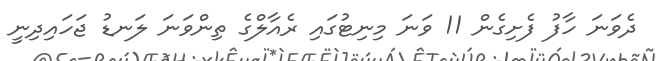
ދެވަނަ ހާފު ފެށިގެން 11 ވަނަ މިނިޓުގައި ރެއާލްގެ ތިންވަނަ ލަނޑު ޖަހައިދިނީ